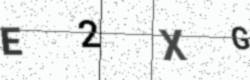
Text: E2XG